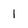
Character: 1